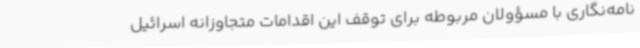
نامه‌نگاری با مسؤولان مربوطه برای توقف این اقدامات متجاوزانه اسرائیل